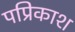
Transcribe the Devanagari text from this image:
पप्रिकाश